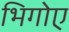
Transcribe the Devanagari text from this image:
भिगोए